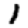
Digit: 1